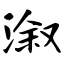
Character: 溆